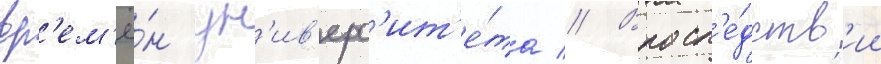
вр'ем'ё́н ун'ив'ерс'ит'е́та // Впосл'е́дств'ии